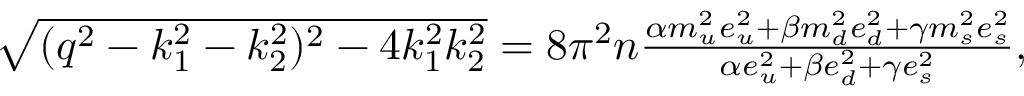
\begin{array} { r } { \sqrt { ( q ^ { 2 } - k _ { 1 } ^ { 2 } - k _ { 2 } ^ { 2 } ) ^ { 2 } - 4 k _ { 1 } ^ { 2 } k _ { 2 } ^ { 2 } } = 8 \pi ^ { 2 } n \frac { \alpha m _ { u } ^ { 2 } e _ { u } ^ { 2 } + \beta m _ { d } ^ { 2 } e _ { d } ^ { 2 } + \gamma m _ { s } ^ { 2 } e _ { s } ^ { 2 } } { \alpha e _ { u } ^ { 2 } + \beta e _ { d } ^ { 2 } + \gamma e _ { s } ^ { 2 } } , } \end{array}